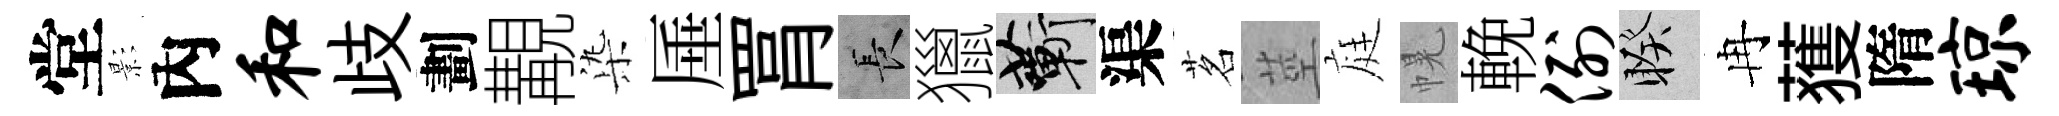
堂影內和歧劃覯𣑱厜罥长獵蔪渠茗莖庭幌輓例睽冉𫉬隋琼